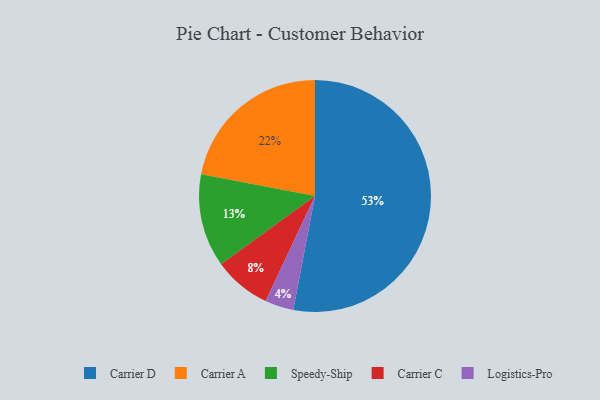
{"axis": {"x": "Category", "y": "Percentage"}, "legend": ["Carrier A", "Carrier C", "Carrier D", "Logistics-Pro", "Speedy-Ship"], "data": [{"x": "Logistics-Pro", "y": 4, "type": "Logistics-Pro"}, {"x": "Speedy-Ship", "y": 13, "type": "Speedy-Ship"}, {"x": "Carrier A", "y": 22, "type": "Carrier A"}, {"x": "Carrier C", "y": 8, "type": "Carrier C"}, {"x": "Carrier D", "y": 53, "type": "Carrier D"}]}